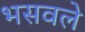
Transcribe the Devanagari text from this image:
भसवले